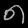
Digit: ၈